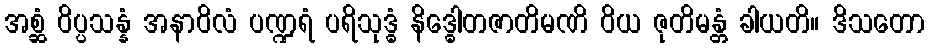
အစ္ဆံ ဝိပ္ပသန္နံ အနာဝိလံ ပဏ္ဍရံ ပရိသုဒ္ဓံ နိဒ္ဓေါတဇာတိမဏိ ဝိယ ဇုတိမန္တံ ခါယတိ။ ဒိသတော